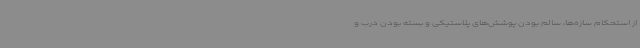
از استحکام سازه‌ها، سالم بودن پوشش‌های پلاستیکی و بسته بودن درب و